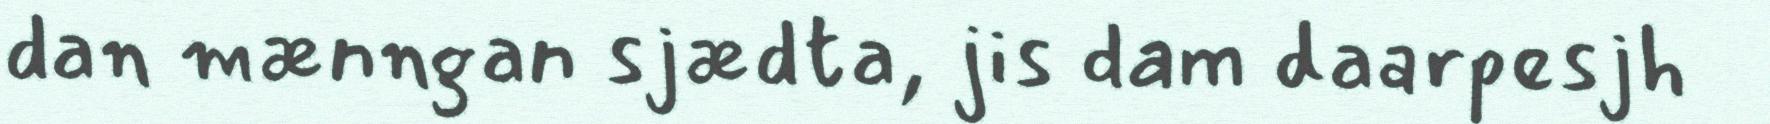
dan mænngan sjædta, jis dam daarpesjh